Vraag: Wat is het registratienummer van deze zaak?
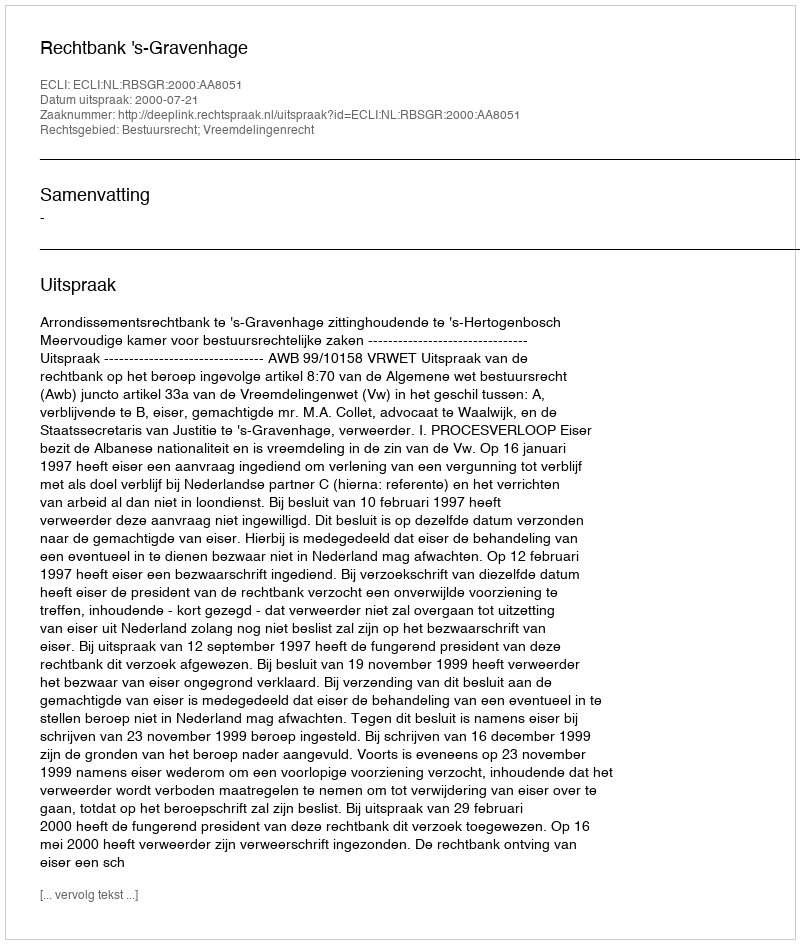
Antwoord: http://deeplink.rechtspraak.nl/uitspraak?id=ECLI:NL:RBSGR:2000:AA8051